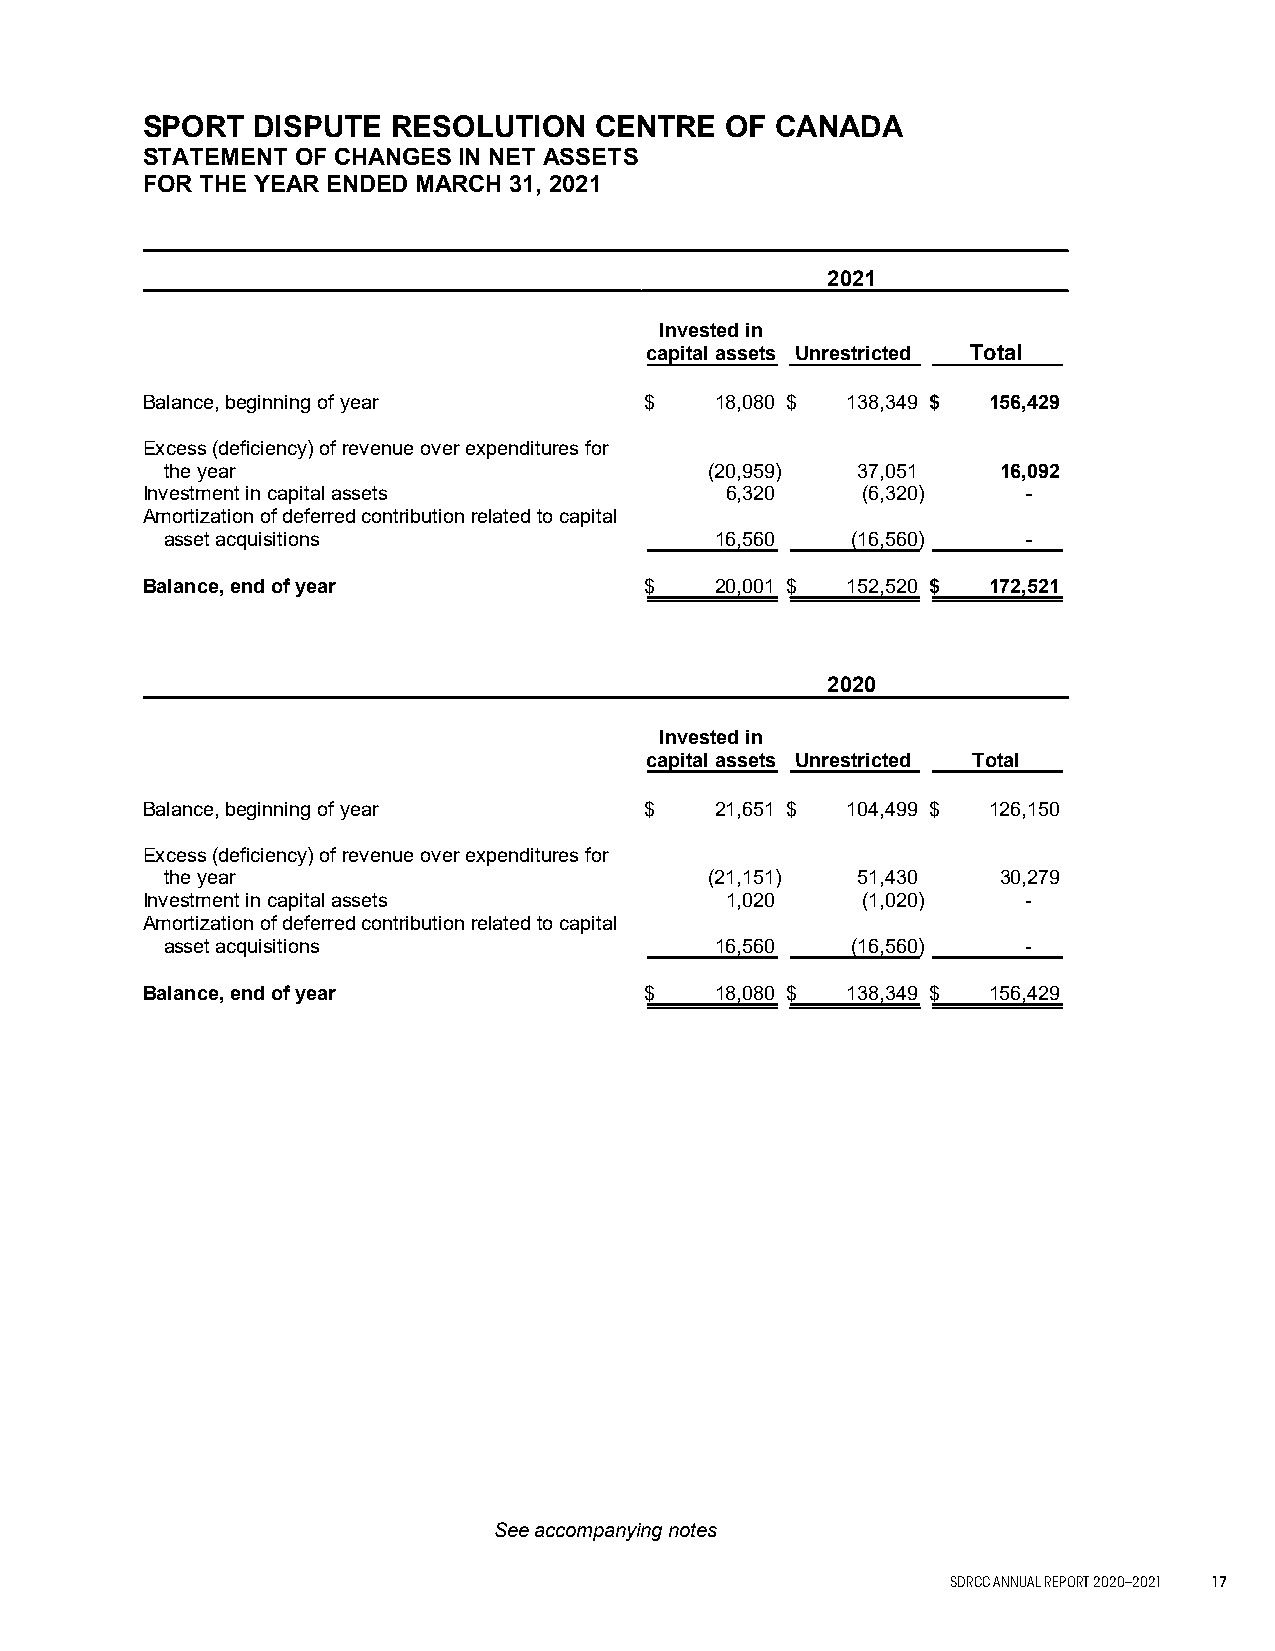
SPORT   DISPUTE  RESOLUTION   CENTRE   OF CANADA
 STATEMENT  OF CHANGES IN NET ASSETS
 FOR THE YEAR ENDED MARCH 31, 2021
 2021
 Invested in
 capital assets Unrestricted Total
 Balance, beginning of year        $   18,080 $ 138,349 $ 156,429
 Excess (deficiency) of revenue over expenditures for
 the year                            (20,959)  37,051   16,092
 Investment in capital assets           6,320    (6,320)    -
 Amortization of deferred contribution related to capital
 asset acquisitions                  16,560   (16,560)    -
 Balance, end of year              $   20,001 $ 152,520 $ 172,521
 2020
 Invested in
 capital assets Unrestricted Total
 Balance, beginning of year        $   21,651 $ 104,499 $ 126,150
 Excess (deficiency) of revenue over expenditures for
 the year                            (21,151)  51,430   30,279
 Investment in capital assets           1,020    (1,020)    -
 Amortization of deferred contribution related to capital
 asset acquisitions                  16,560   (16,560)    -
 Balance, end of year              $   18,080 $ 138,349 $ 156,429
 See accompanying notes
 - 5 -
 SDRCC ANNUAL REPORT 2020–2021 17